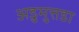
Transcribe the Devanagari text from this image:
अडुमुत्तडा